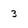
Character: 3